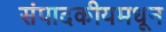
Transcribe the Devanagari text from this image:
संपादकीयमधून